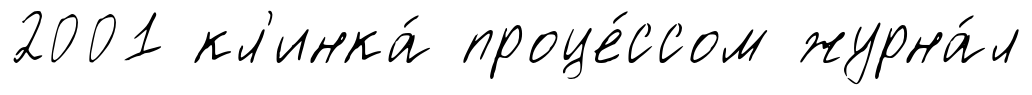
2001 кл'инка́ проце́ссом журна́л